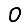
Digit: 0